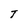
Character: T